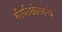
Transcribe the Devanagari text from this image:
बीपीओजचे